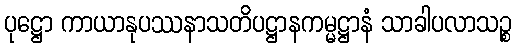
ပုဋ္ဌော ကာယာနုပဿနာသတိပဋ္ဌာနကမ္မဋ္ဌာနံ သာခါပလာသဉ္စ